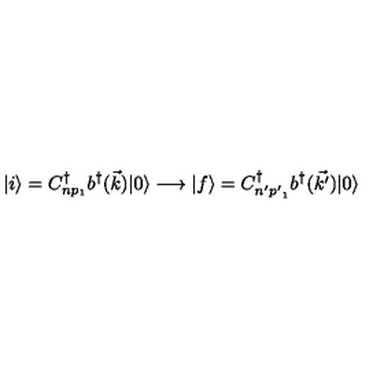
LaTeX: | i \rangle = C _ { n p _ { 1 } } ^ { \dag } b ^ { \dag } ( \vec { k } ) | 0 \rangle \longrightarrow | f \rangle = C _ { n ^ { \prime } { p ^ { \prime } } _ { 1 } } ^ { \dag } b ^ { \dag } ( \vec { k ^ { \prime } } ) | 0 \rangle